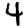
Digit: 4